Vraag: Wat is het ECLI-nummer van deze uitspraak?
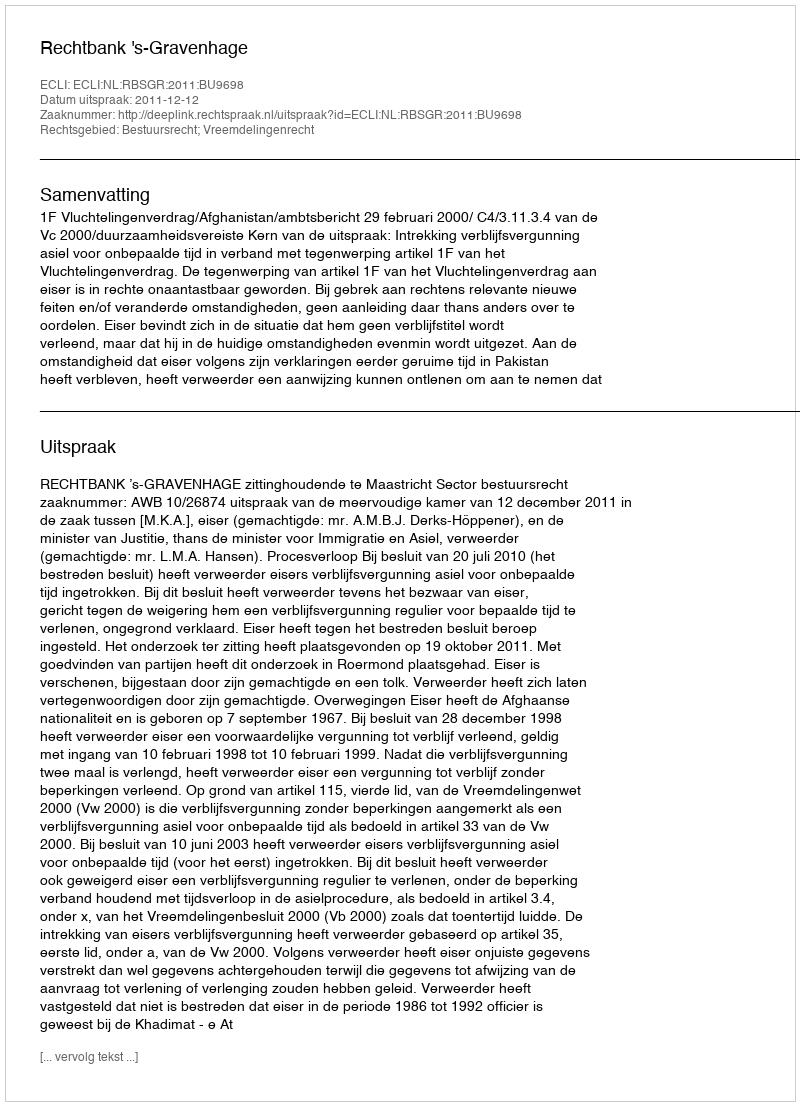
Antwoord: ECLI:NL:RBSGR:2011:BU9698